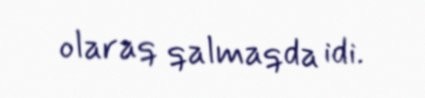
olaraq qalmaqda idi.